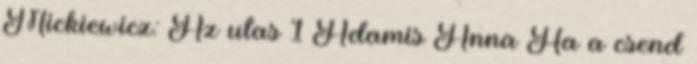
Mickiewicz: Az utas 1 Adamis Anna Ha a csend